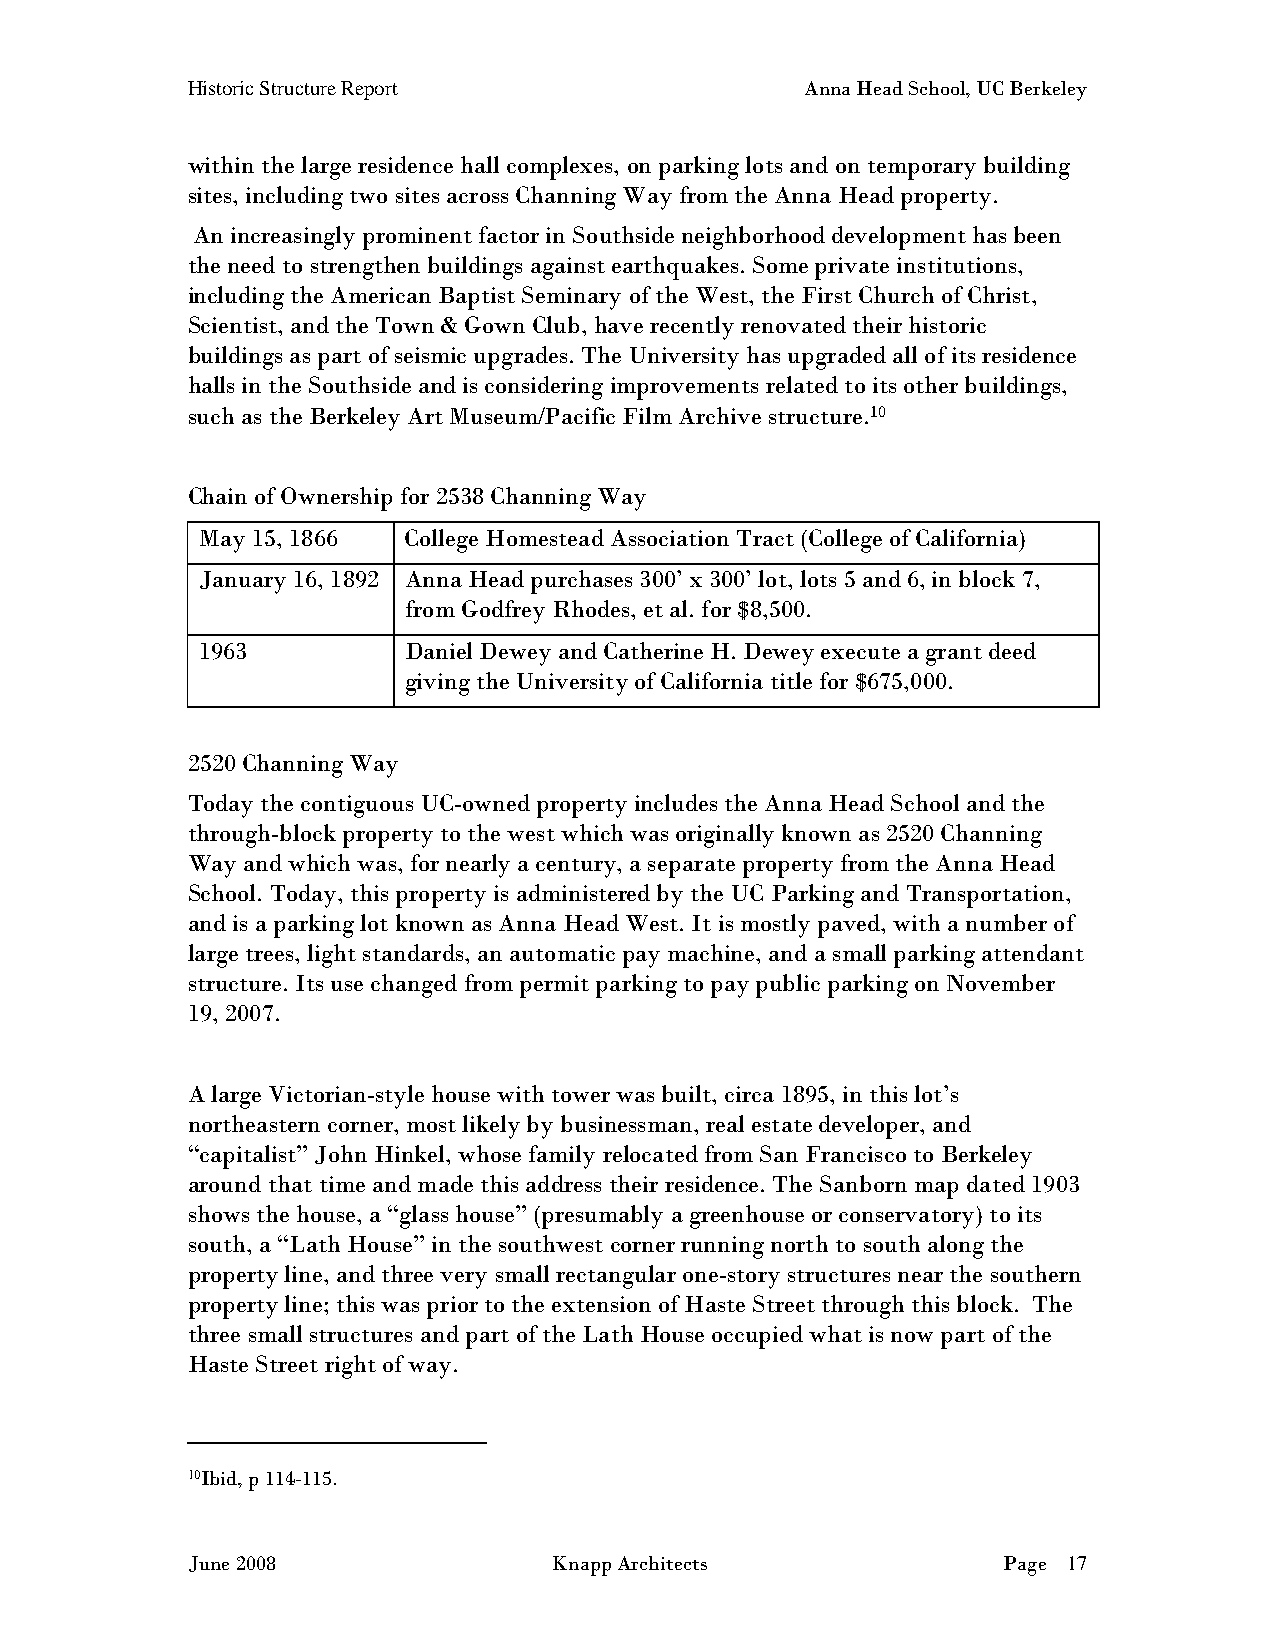
Historic Structure Report                Anna Head School, UC Berkeley
 within the large residence hall complexes, on parking lots and on temporary building
 sites, including two sites across Channing Way from the Anna Head property.
 An increasingly prominent factor in Southside neighborhood development has been
 the need to strengthen buildings against earthquakes. Some private institutions,
 including the American Baptist Seminary of the West, the First Church of Christ,
 Scientist, and the Town & Gown Club, have recently renovated their historic
 buildings as part of seismic upgrades. The University has upgraded all of its residence
 halls in the Southside and is considering improvements related to its other buildings,
 such as the Berkeley Art Museum/Pacific Film Archive structure.10
 Chain of Ownership for 2538 Channing Way
 May 15, 1866  College Homestead Association Tract (College of California)
 January 16, 1892 Anna Head purchases 300’ x 300’ lot, lots 5 and 6, in block 7,
 from Godfrey Rhodes, et al. for $8,500.
 1963          Daniel Dewey and Catherine H. Dewey execute a grant deed
 giving the University of California title for $675,000.
 2520 Channing Way
 Today the contiguous UC-owned property includes the Anna Head School and the
 through-block property to the west which was originally known as 2520 Channing
 Way and which was, for nearly a century, a separate property from the Anna Head
 School. Today, this property is administered by the UC Parking and Transportation,
 and is a parking lot known as Anna Head West. It is mostly paved, with a number of
 large trees, light standards, an automatic pay machine, and a small parking attendant
 structure. Its use changed from permit parking to pay public parking on November
 19, 2007.
 A large Victorian-style house with tower was built, circa 1895, in this lot’s
 northeastern corner, most likely by businessman, real estate developer, and
 “capitalist” John Hinkel, whose family relocated from San Francisco to Berkeley
 around that time and made this address their residence. The Sanborn map dated 1903
 shows the house, a “glass house” (presumably a greenhouse or conservatory) to its
 south, a “Lath House” in the southwest corner running north to south along the
 property line, and three very small rectangular one-story structures near the southern
 property line; this was prior to the extension of Haste Street through this block. The
 three small structures and part of the Lath House occupied what is now part of the
 Haste Street right of way.
 10Ibid, p 114-115.
 June 2008                Knapp Architects             Page 17